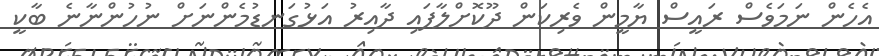
އެހެން ނަމަވެސް ރައީސް ޔާމީން ވެރިކަން ދޫކޮށްލާފައި ދާއިރު އަޅުގަނޑުމެންނަށް ނުހުންނާނެ ބާކީ